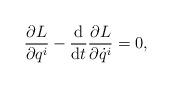
LaTeX: \begin{gather*} \frac{ \partial L }{ \partial q ^i } - \frac{\mathrm{d}}{\mathrm{d}t} \frac{ \partial L }{ \partial \dot{q} ^i } = 0 , \end{gather*}